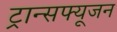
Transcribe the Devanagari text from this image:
ट्रान्सफ्यूजन